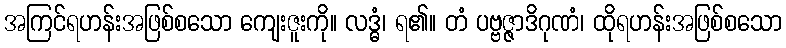
အကြင်ရဟန်းအဖြစ်စသော ကျေးဇူးကို။ လဒ္ဓံ၊ ရ၏။ တံ ပဗ္ဗဇ္ဇာဒိဂုဏံ၊ ထိုရဟန်းအဖြစ်စသော